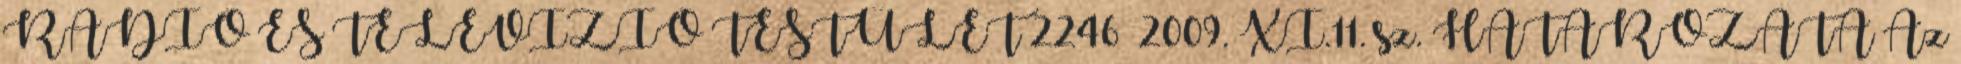
RÁDIÓ ÉS TELEVÍZIÓ TESTÜLET 2246 2009. XI.11. sz. HATÁROZATA Az